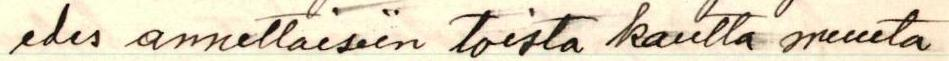
edes annettaisiin toista kautta muuta